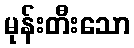
မုန်းတီးသော